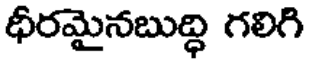
ధీరమైనబుద్ధి గలిగి